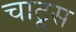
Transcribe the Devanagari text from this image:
चाटूस